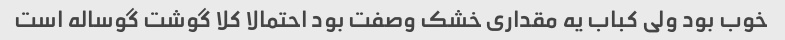
خوب بود ولی کباب یه مقداری خشک وصفت بود احتمالا کلا گوشت گوساله است